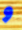
و